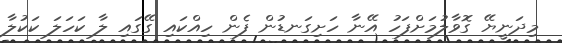
މިދަނީޔޭ ގޮވާލުމަށްފަހު އޭނާ ހަށިގަނޑުން ފެން ހިއްކައި ގޭގައި ލާ ކަހަލަ ކަކުލާ